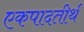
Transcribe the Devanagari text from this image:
एकपादतीर्थ